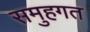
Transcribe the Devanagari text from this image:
समुहगत